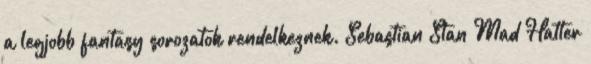
a legjobb fantasy sorozatok rendelkeznek. Sebastian Stan Mad Hatter